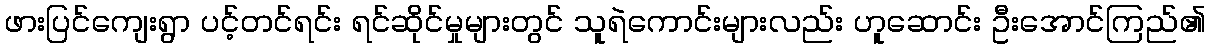
ဖားပြင်ကျေးရွာ ပင့်တင်ရင်း ရင်ဆိုင်မှုများတွင် သူရဲကောင်းများလည်း ဟူဆောင်း ဦးအောင်ကြည်၏